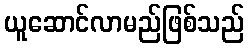
ယူဆောင်လာမည်ဖြစ်သည်